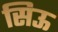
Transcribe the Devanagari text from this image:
सिऊ